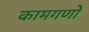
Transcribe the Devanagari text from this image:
कामगणों